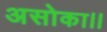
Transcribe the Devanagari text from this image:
असोका।।